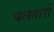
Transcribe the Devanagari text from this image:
चलतारों